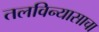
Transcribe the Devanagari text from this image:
तलविन्यासाचा